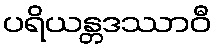
ပရိယန္တဒဿာဝီ